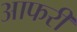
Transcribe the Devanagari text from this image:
आफरी